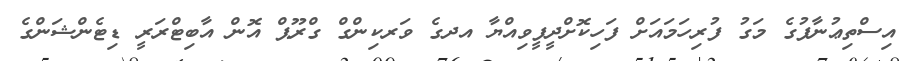
އިސްތިޢުނާފުގެ މަގު ފުރިހަމައަށް ފަހިކޮށްދީފީވިއްޔާ އދގެ ވަރކިންގް ގްރޫޕް އޮން އާބިޓްރަރީ ޑިޓެންޝަންގެ